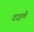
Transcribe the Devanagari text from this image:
दाइचे